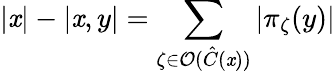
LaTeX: \left|\mathit{x}\right|-\left|\mathit{x},y\right|=\sum_{\zeta\in\mathcal{{O}}(\hat{{C}}(\mathit{x}))}\left|\pi_{\zeta}(y)\right|